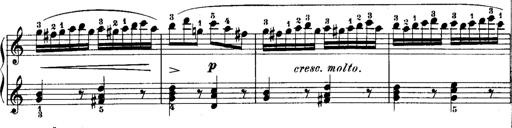
Title: Rondos and Sonatinas for Pianoforte
Composer: Daniel Steibelt